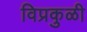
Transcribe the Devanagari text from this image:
विप्रकुळी